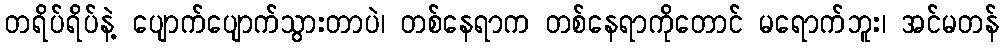
တရိပ်ရိပ်နဲ့ ပျောက်ပျောက်သွားတာပဲ၊ တစ်နေရာက တစ်နေရာကိုတောင် မရောက်ဘူး၊ အင်မတန်